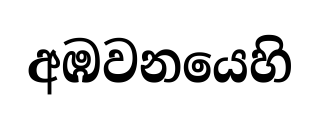
අඹවනයෙහි